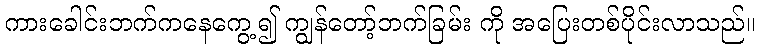
ကားခေါင်းဘက်ကနေကွေ့၍ ကျွန်တော့်ဘက်ခြမ်း ကို အပြေးတစ်ပိုင်းလာသည်။